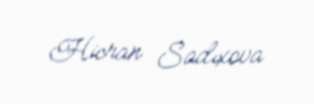
Hicran Sadıxova